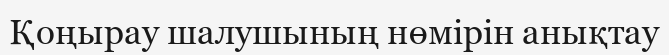
Қоңырау шалушының нөмірін анықтау